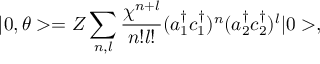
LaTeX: | 0 , \theta > = { \cal Z } \sum _ { n , l } \frac { \chi ^ { n + l } } { n ! l ! } ( a _ { 1 } ^ { \dagger } c _ { 1 } ^ { \dagger } ) ^ { n } ( a _ { 2 } ^ { \dagger } c _ { 2 } ^ { \dagger } ) ^ { l } | 0 > ,